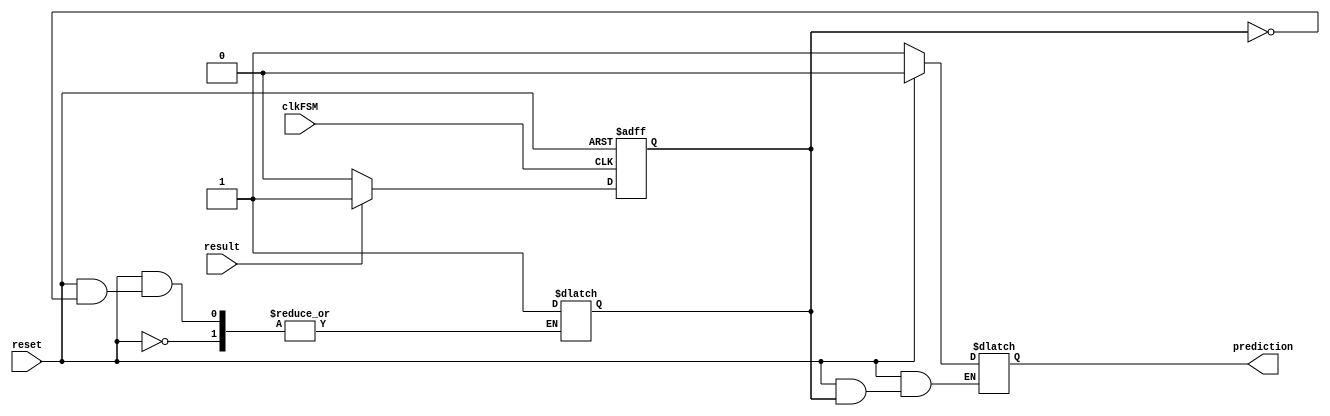
`timescale 1ns / 1ps

module BranchPredictor(
	input clkFSM,
	input reset,
	input result,
	output reg prediction
    );

parameter S0 = 1'b0, S1 = 1'b1;
reg present_state,next_state;

always@(posedge clkFSM, negedge reset)
begin
if(reset == 0)
present_state = S1;
else if(result == 1)
present_state = S1;
else if(result == 0)
present_state = S0;
end

//Output Logic
always@(clkFSM,reset,present_state)
begin
if(reset == 0)
prediction = 1'b1;
else if(present_state == S0)
prediction = 1'b0;
else if(present_state == S1)
present_state = 1'b1;
end
endmodule